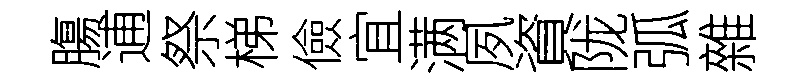
膓逋祭梯儉宜满夙資陇弧雜